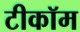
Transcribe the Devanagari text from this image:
टीकॉम